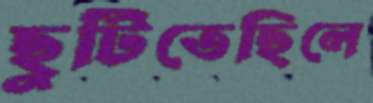
ছুটিতেছিলে